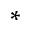
^ *